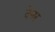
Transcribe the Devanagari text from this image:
देनर